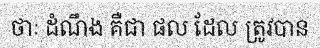
ថាៈ ដំណឹង គឺជា ផល ដែល ត្រូវបាន